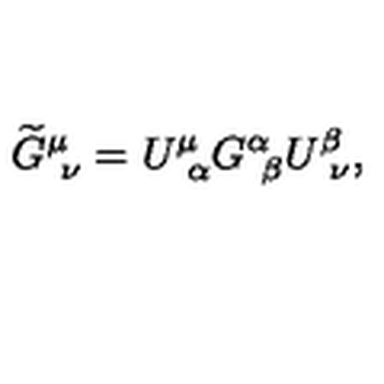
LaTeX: \widetilde { G } _ { \ \nu } ^ { \mu } = U _ { \ \alpha } ^ { \mu } G _ { \ \beta } ^ { \alpha } U _ { \ \nu } ^ { \beta } ,